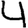
Digit: 4